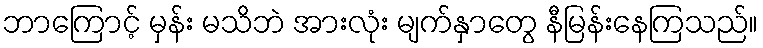
ဘာကြောင့် မှန်း မသိဘဲ အားလုံး မျက်နှာတွေ နီမြန်းနေကြသည်။